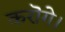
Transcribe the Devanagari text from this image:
करॊगे।